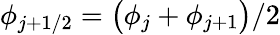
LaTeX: \displaystyle\phi_{j+1/2}=\big(\phi_{j}+\phi_{j+1}\big)/2